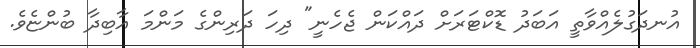
އުނދަގުލެއްވާތީ އަބަދު ޑޮކްޓަރަށް ދައްކަން ޖެހެނީ" ދިހަ ދަރިންގެ މަންމަ އާބިދާ ބުންޏެވެ.